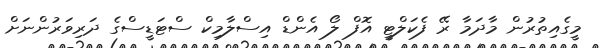
މީގެއިތުރުން މާދަމާ ރޭ ފެކަލްޓީ އޮފް ލޯ އެންޑް އިސްލާމިކް ސްޓަޑީސްގެ ދަރިވަރުންނަށް